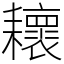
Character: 耲